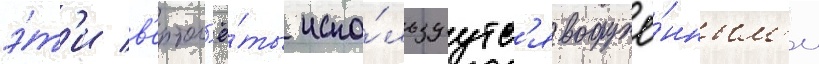
э́т'и в'ертол'ё́ты испо́льзуутс'я вооружё́нным'и